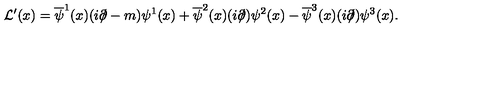
{ \cal L } ^ { \prime } ( x ) = \overline { { \psi } } ^ { 1 } ( x ) ( i \partial \! \! \! / - m ) \psi ^ { 1 } ( x ) + \overline { { \psi } } ^ { 2 } ( x ) ( i \partial \! \! \! / ) \psi ^ { 2 } ( x ) - \overline { { \psi } } ^ { 3 } ( x ) ( i \partial \! \! \! / ) \psi ^ { 3 } ( x ) .